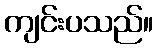
ကျင်းပသည်။